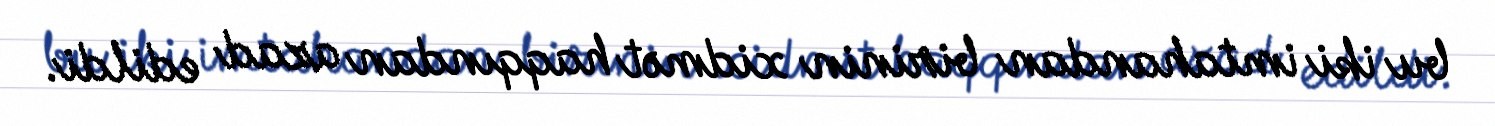
bu iki imtahandan birinin xidmət haqqından azad edildi.